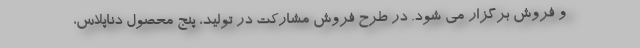
و فروش برگزار می شود. در طرح فروش مشارکت در تولید، پنج محصول دناپلاس،‌